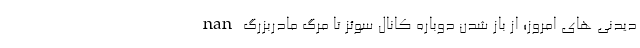
nan دیدنی های امروز؛ از باز شدن دوباره کانال سوئز تا مرگ مادربزرگ